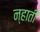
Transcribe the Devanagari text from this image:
न्हाती